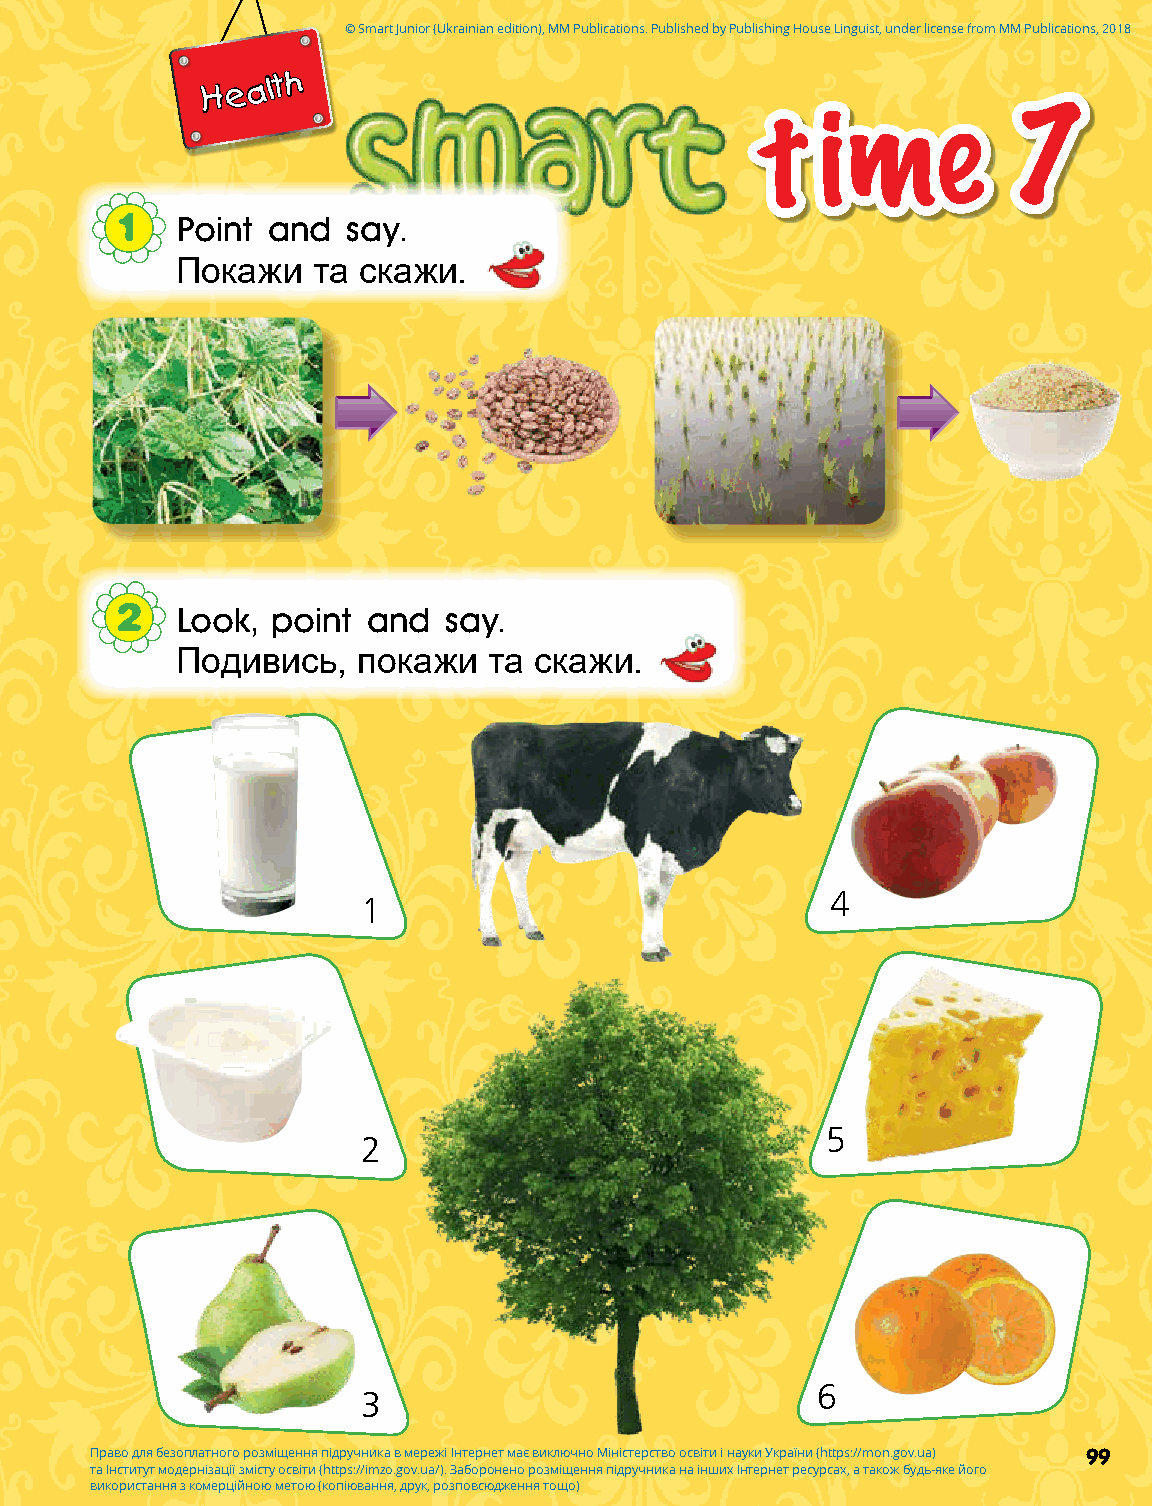
© Smart Junior (Ukrainian edition), MM Publications. Published by Publishing House Linguist, under license from MM Publications, 2018
 Health
 t   ime          7
 1   Point and  say.
 Покажи   та скажи.
 2   Look, point and  say.
 Подивись,   покажи  та скажи.
 4
 1
 5
 2
 6
 3
 Право для безоплатного розміщення підручника в мережі Інтернет має виключно Міністерство освіти і науки України (https://mon.gov.ua) 99
 та Інститут модернізації змісту освіти (https://imzo.gov.ua/). Заборонено розміщення підручника на інших Інтернет ресурсах, а також будь-яке його
 використання з комерційною метою (копіювання, друк, розповсюдження тощо)